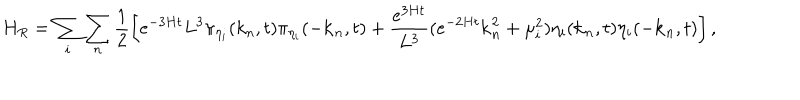
H _ { R } = \sum _ { i } \sum _ { n } \frac { 1 } { 2 } \left[ e ^ { - 3 H t } L ^ { 3 } \pi _ { \eta _ { i } } ( k _ { n } , t ) \pi _ { \eta _ { i } } ( - { \bf k } _ { n } , t ) + \frac { e ^ { 3 H t } } { L ^ { 3 } } ( e ^ { - 2 H t } { \bf k } _ { n } ^ { 2 } + \mu _ { i } ^ { 2 } ) \eta _ { i } ( { \bf k } _ { n } , t ) \eta _ { i } ( - { \bf k } _ { n } , t ) \right] ,